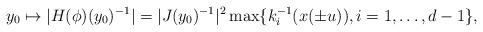
LaTeX: \begin{align*}y_0 \mapsto| H(\phi)(y_0)^{-1}|=|J(y_0)^{-1}|^2 \max\{k_i^{-1}(x(\pm u)),i=1,\dots,d-1\},\end{align*}